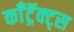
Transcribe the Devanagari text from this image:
काँट्रॅक्ट्स